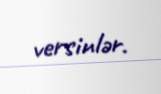
versinlər.